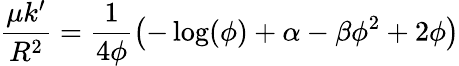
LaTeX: \frac{\mu k^{\prime}}{R^{2}}=\frac{1}{4\phi}\left(-\log(\phi)+\alpha-\beta\phi^{2}+2\phi\right)